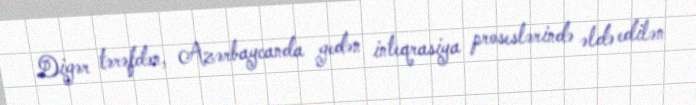
Digər tərəfdən, Azərbaycanda gedən inteqrasiya proseslərində əldə edilən